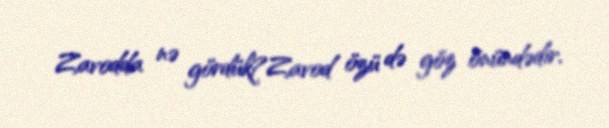
Zavodda nə gördük?Zavod özü də göz önündədir.